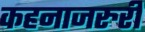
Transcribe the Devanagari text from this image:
कहनाजरुरी